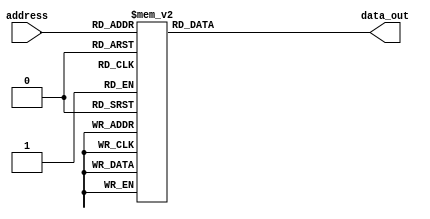
// This is a simple example.
// You can make a your own template file and set its path to settings.
// (Preferences > Package Settings > Verilog Gadget > Settings - User)
//
//    "templates": [
//      [ "Default", "Packages/Verilog Gadget/template/verilog_template_default.v" ],
//      [ "FSM", "D:/template/verilog_fsm_template.v" ]
//    ]

module LUT_CASE_32bits #(parameter W=32,N=3)
(
//Input Signals
input wire [N-1:0] address,
//Output Signals
output reg [W-1:0] data_out
);

always @(*) begin

   case (address)
          4'd0 : begin
          data_out =32'h3f490fdb;
          end
          4'd1 : begin
          data_out =32'h3eed6338;
          end
          4'd2 : begin
          data_out =32'h3e7adbb0;
          end
          4'd3 : begin
          data_out =32'h3dfeadd5;
          end
          4'd4 : begin
          data_out =32'h3d7faade;
          end
          4'd5 : begin
          data_out =32'h3cffeaae;
          end
          4'd6 : begin
          data_out =32'h3c7ffaab;
          end
          4'd7 : begin
          data_out =32'h3bfffeab;
          end
          4'd8 : begin
          data_out =32'h3b7fffab;
          end
          4'd9 : begin
          data_out =32'h3affffeb;
          end
          4'd10 : begin
          data_out =32'h3a7ffffb;
          end
          4'd11 : begin
          data_out =32'h39ffffff;
          end
          4'd12 : begin
          data_out =32'h39800000;
          end
          4'd13 : begin
          data_out =32'h39000000;
         end
          4'd14 : begin
          data_out =32'h38800000;
          end
          4'd15 : begin
          data_out =32'h38000000;
          end
          default: begin
          data_out =32'h3f490fdb;
          end
   endcase

end

endmodule // template